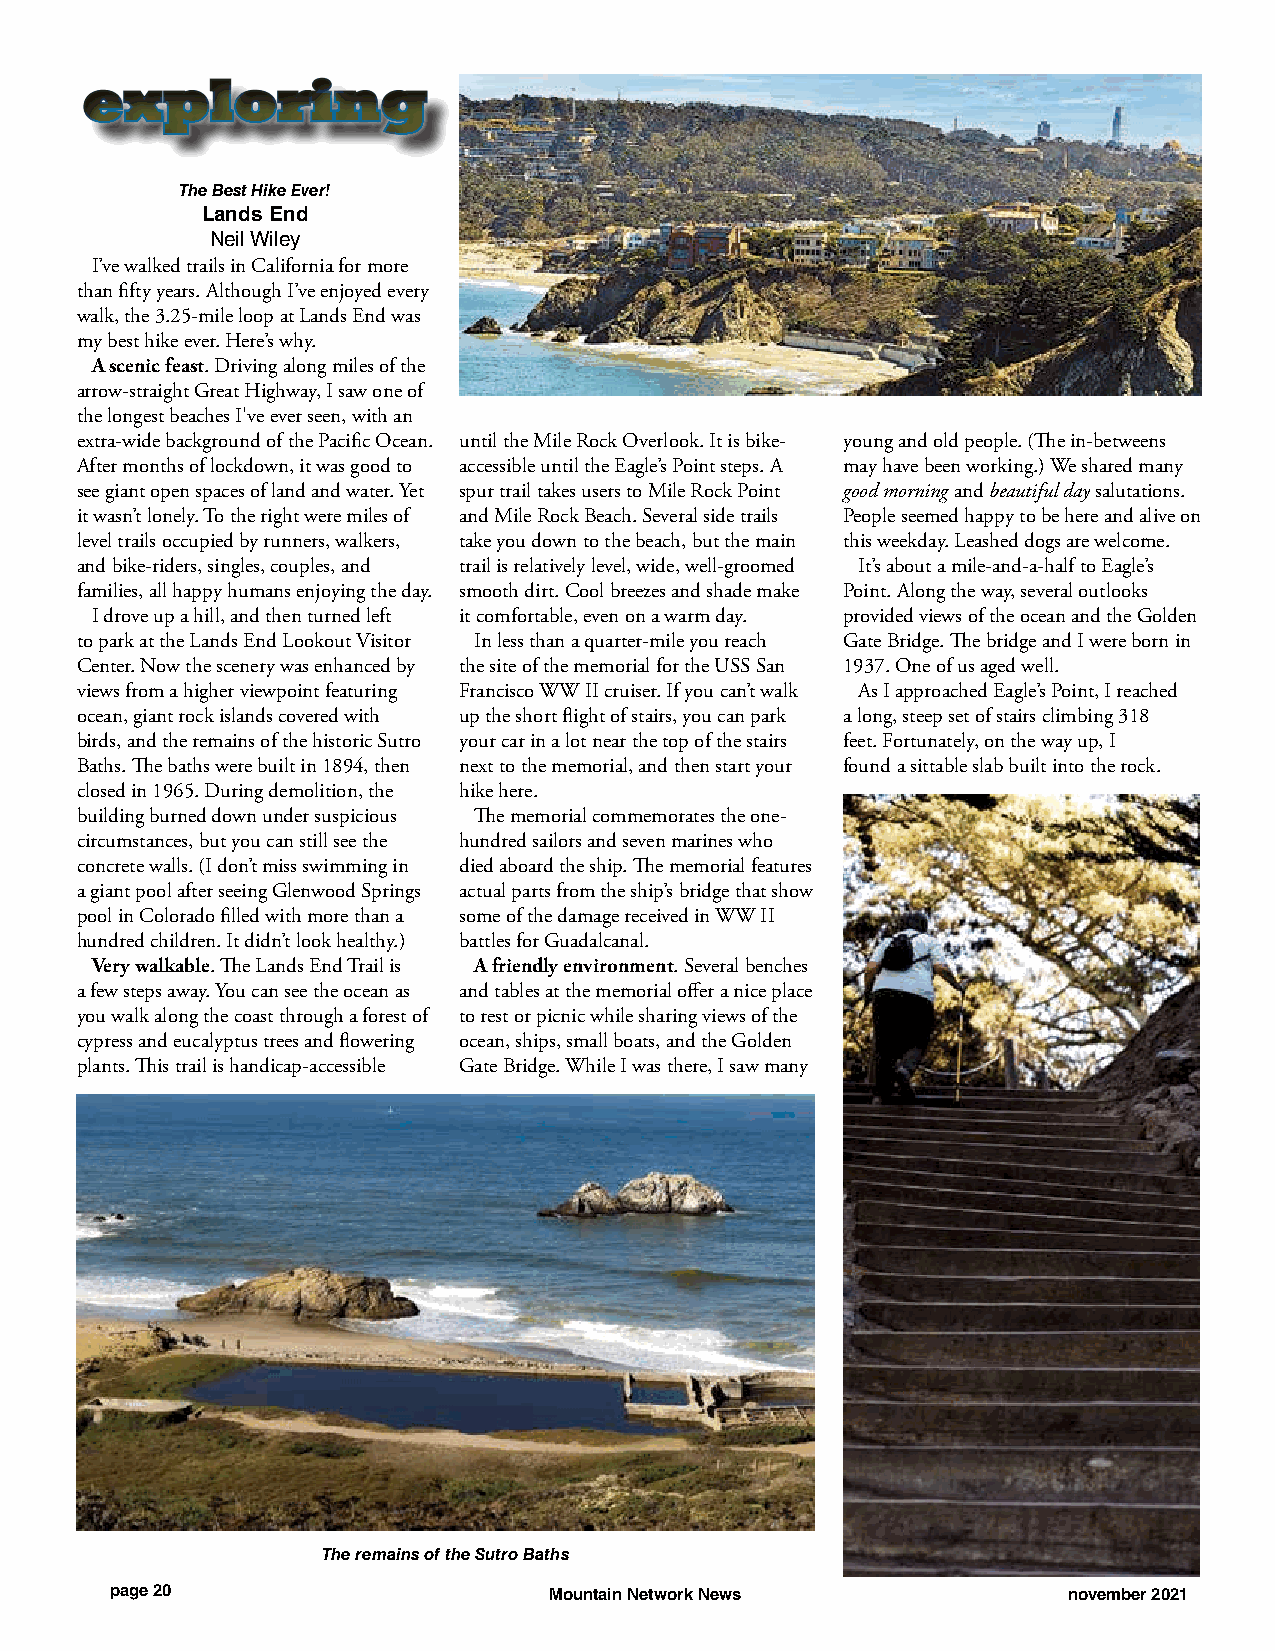
eexxpplloorriinngg
 The Best Hike Ever!
 Lands End
 Neil Wiley
 I’ve walked trails in California for more
 than fifty years. Although I’ve enjoyed every
 walk, the 3.25-mile loop at Lands End was
 my best hike ever. Here’s why.
 A scenic feast. Driving along miles of the
 arrow-straight Great Highway, I saw one of
 the longest beaches I've ever seen, with an
 extra-wide background of the Pacific Ocean. until the Mile Rock Overlook. It is bike- young and old people. (The in-betweens
 After months of lockdown, it was good to accessible until the Eagle’s Point steps. A may have been working.) We shared many
 see giant open spaces of land and water. Yet spur trail takes users to Mile Rock Point good morning and beautiful day salutations.
 it wasn’t lonely. To the right were miles of and Mile Rock Beach. Several side trails People seemed happy to be here and alive on
 level trails occupied by runners, walkers, take you down to the beach, but the main this weekday. Leashed dogs are welcome.
 and bike-riders, singles, couples, and trail is relatively level, wide, well-groomed It’s about a mile-and-a-half to Eagle’s
 families, all happy humans enjoying the day. smooth dirt. Cool breezes and shade make Point. Along the way, several outlooks
 I drove up a hill, and then turned left it comfortable, even on a warm day. provided views of the ocean and the Golden
 to park at the Lands End Lookout Visitor In less than a quarter-mile you reach Gate Bridge. The bridge and I were born in
 Center. Now the scenery was enhanced by the site of the memorial for the USS San 1937. One of us aged well.
 views from a higher viewpoint featuring Francisco WW II cruiser. If you can’t walk As I approached Eagle’s Point, I reached
 ocean, giant rock islands covered with up the short flight of stairs, you can park a long, steep set of stairs climbing 318
 birds, and the remains of the historic Sutro your car in a lot near the top of the stairs feet. Fortunately, on the way up, I
 Baths. The baths were built in 1894, then next to the memorial, and then start your found a sittable slab built into the rock.
 closed in 1965. During demolition, the hike here.
 building burned down under suspicious The memorial commemorates the one-
 circumstances, but you can still see the hundred sailors and seven marines who
 concrete walls. (I don’t miss swimming in died aboard the ship. The memorial features
 a giant pool after seeing Glenwood Springs actual parts from the ship’s bridge that show
 pool in Colorado filled with more than a some of the damage received in WW II
 hundred children. It didn’t look healthy.) battles for Guadalcanal.
 Very walkable. The Lands End Trail is A friendly environment. Several benches
 a few steps away. You can see the ocean as and tables at the memorial offer a nice place
 you walk along the coast through a forest of to rest or picnic while sharing views of the
 cypress and eucalyptus trees and flowering ocean, ships, small boats, and the Golden
 plants. This trail is handicap-accessible Gate Bridge. While I was there, I saw many
 The remains of the Sutro Baths
 page 20                      Mountain Network News              november 2021